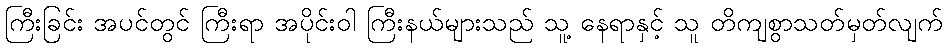
ကြီးခြင်း အပင်တွင် ကြီးရာ အပိုင်းဝါ ကြီးနယ်များသည် သူ့ နေရာနှင့် သူ တိကျစွာသတ်မှတ်လျက်